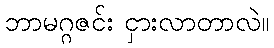
ဘာမဂ္ဂဇင်း ငှားလာတာလဲ။